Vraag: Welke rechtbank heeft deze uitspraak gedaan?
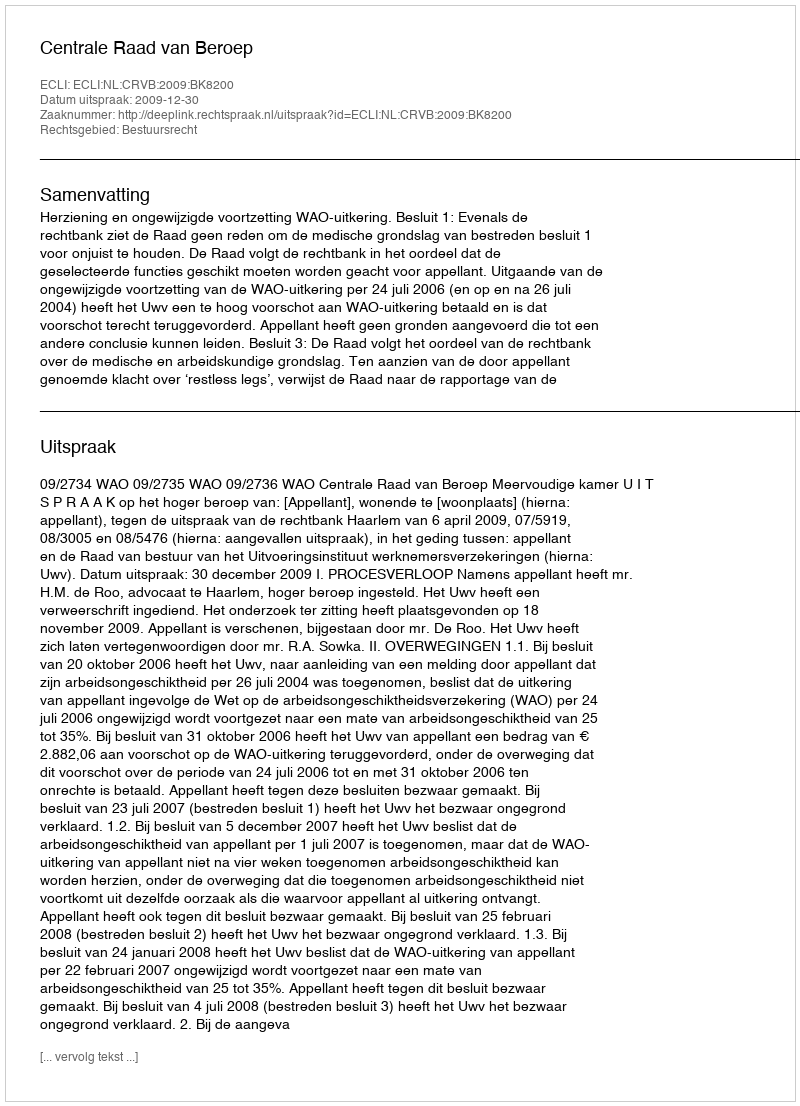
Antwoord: Centrale Raad van Beroep